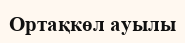
Ортақкөл ауылы